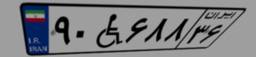
۲۰W۹۲۷۷۹